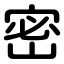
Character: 密